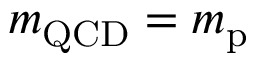
m _ { \mathrm { Q C D } } = m _ { \mathrm { p } }